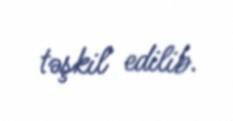
təşkil edilib.